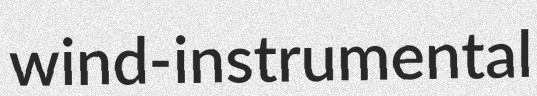
wind-instrumental